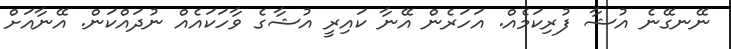
ނޭނގޭނެ އުޝާ ފުރިކަމެއް. އަހަރެން އޭނާ ކައިރީ އުޝާގެ ވާހަކައެއް ނުދައްކަން. އޭނާއަށް